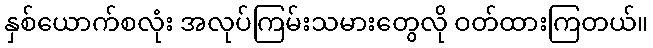
နှစ်ယောက်စလုံး အလုပ်ကြမ်းသမားတွေလို ဝတ်ထားကြတယ်။